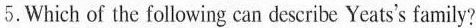
5.Which of the following can describe Yeats's family?